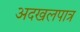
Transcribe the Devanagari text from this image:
अदखलपात्र